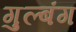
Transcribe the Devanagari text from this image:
गुल्बंग